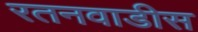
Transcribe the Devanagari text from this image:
रतनवाडीस